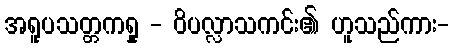
အရူပသတ္တကရှု - ဝိပလ္လာသကင်း၏ ဟူသည်ကား-